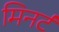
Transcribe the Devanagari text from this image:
मिनर्ट